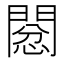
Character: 𢡙